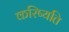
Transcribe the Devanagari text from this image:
करिष्यति